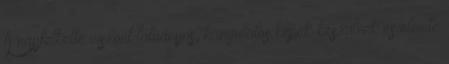
A napfelkelte viszont látványos, hangulatos képek készülnek és eleinte